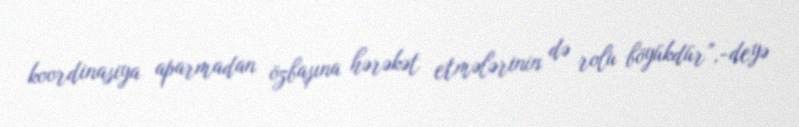
koordinasiya aparmadan özbaşına hərəkət etmələrinin də rolu böyükdür”,-deyə